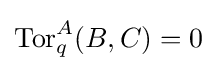
\operatorname {Tor} _{q}^{A}(B,C)=0